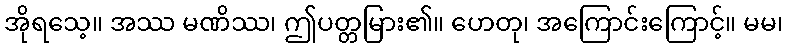
အိုရသေ့။ အဿ မဏိဿ၊ ဤပတ္တမြား၏။ ဟေတု၊ အကြောင်းကြောင့်။ မမ၊